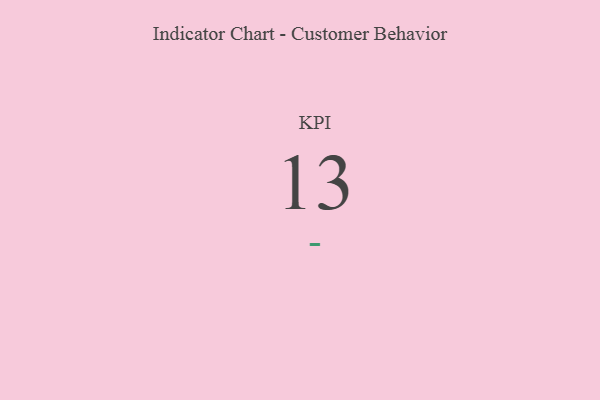
{"axis": {"x": "KPI", "y": "Value"}, "legend": [""], "data": [{"x": "KPI", "y": 13, "type": ""}]}